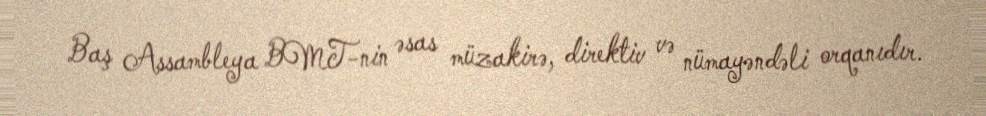
Baş Assambleya BMT-nin əsas müzakirə, direktiv və nümayəndəli orqanıdır.